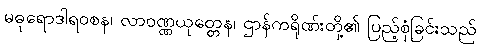
မဓုရောဒါရဝစန၊ လာဝဏ္ဏယုတ္တေန၊ ဌာန်ကရိုဏ်းတို့၏ ပြည့်စုံခြင်းသည်